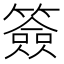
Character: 簽